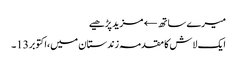
میرے ساتھ← مزید پڑھیے
ایک لاش کا مقدمہ زندستان میں،اکتوبر13۔